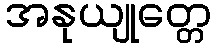
အနုယျုတ္တေ